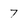
Character: 7